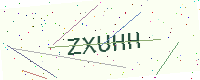
Text: ZXUHH